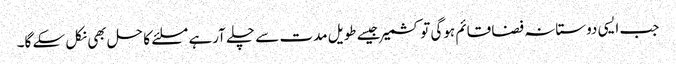
جب ایسی دوستانہ فضا قائم ہوگی تو کشمیر جیسے طویل مدت سے چلے آرہے مسلئے کا حل بھی نکل سکے گا۔